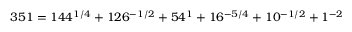
3 5 1 = 1 4 4 ^ { 1 / 4 } + 1 2 6 ^ { - 1 / 2 } + 5 4 ^ { 1 } + 1 6 ^ { - 5 / 4 } + 1 0 ^ { - 1 / 2 } + 1 ^ { - 2 }